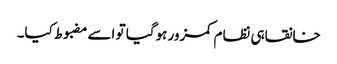
خانقاہی نظام کمزور ہوگیا تو اسے مضبوط کیا۔